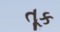
તૂક